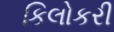
કિલોકરી